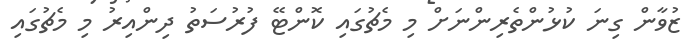
ޒުވާން ގިނަ ކުޅުންތެރިންނަށް މި މެޗުގައި ކޮންޓޭ ފުރުސަތު ދިންއިރު މި މެޗުގައި